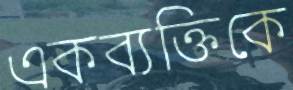
একব্যক্তিকে